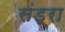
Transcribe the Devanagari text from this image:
संड्रा